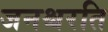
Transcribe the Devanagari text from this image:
जनश्चरति